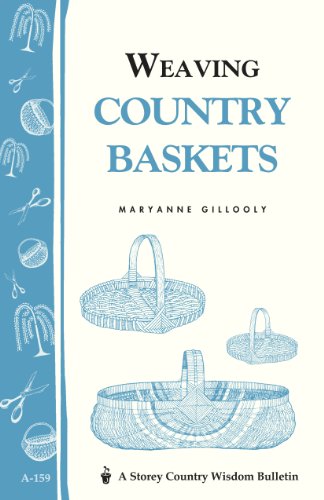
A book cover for Weaving Country Baskets; Maryanne Gillooly; Crafts, Hobbies & Home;